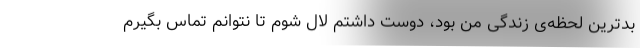
بدترین لحظه‌ی زندگی من بود، دوست داشتم لال شوم تا نتوانم تماس بگیرم